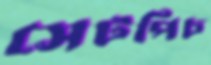
সেটপিচ